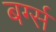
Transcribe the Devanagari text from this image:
बर्ग्स